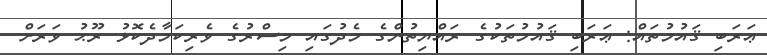
ޢަރަބި ޤައުމުތައް: ޢަރަބި ޤައުމުތަކުގެ ރައްޔިތުންގެ މެދުގައި މިސްރުގެ ވެރިކަމާދެކޮޅު ރޫޙު ވަރަށް